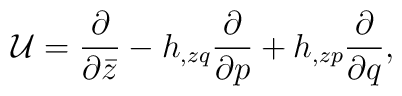
{\cal U} =  {\partial \over \partial \bar z} - h_{,zq}{\partial \over \partial p} + h_{,zp}{\partial \over \partial q},